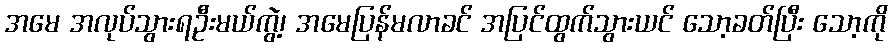
အမေ အလုပ်သွားရဦးမယ်ကွဲ့၊ အမေပြန်မလာခင် အပြင်ထွက်သွားယင် သော့ခတ်ပြီး သော့ကို